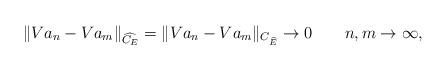
LaTeX: \begin{align*}\|V a_n-V a_m\|_{\widehat{C_E}}=\|V a_n-Va_m\|_{C_{\widehat{E}}}\to 0 \ \ \ \ \ \ n,m\to\infty,\end{align*}